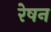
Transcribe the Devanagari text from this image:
रेषन